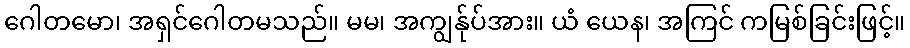
ဂေါတမော၊ အရှင်ဂေါတမသည်။ မမ၊ အကျွန်ုပ်အား။ ယံ ယေန၊ အကြင် ကမြစ်ခြင်းဖြင့်။